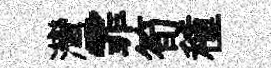
灣霏筍種